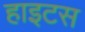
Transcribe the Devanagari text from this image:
हाइटस